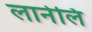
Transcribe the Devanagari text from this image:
लानेलि